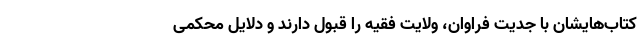
کتاب‌هایشان با جدیت فراوان، ولایت فقیه را قبول دارند و دلایل محکمی